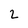
Character: 2